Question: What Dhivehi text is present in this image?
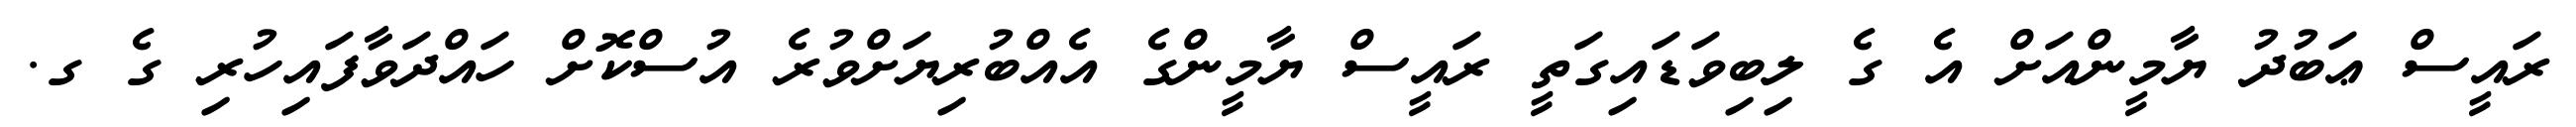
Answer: ރައީސް ޢަބުދު ޔާމީންއަށް އެ ގެ ލިބިވަޑައިގަތީ ރައީސް ޔާމީންގެ އެއްބުރިޔަށްވުރެ އުސްކޮށް ހައްދަވާފައިހުރި ގެ ގ.